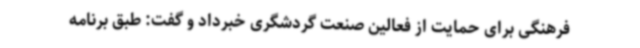
فرهنگی برای حمایت از فعالین صنعت گردشگری خبرداد و گفت: طبق برنامه